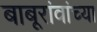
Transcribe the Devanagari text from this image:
बाबूरांवांच्या